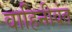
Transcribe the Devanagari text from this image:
वाहिनीवंत